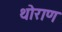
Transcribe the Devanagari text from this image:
थोराण